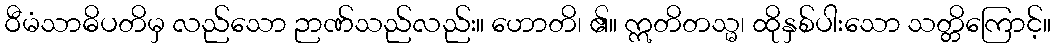
ဝီမံသာဓိပတိမှ လည်သော ဉာဏ်သည်လည်း။ ဟောတိ၊ ၏။ ဣတိတသ္မ၊ ထိုနှစ်ပါးသော သတ္တိကြောင့်။